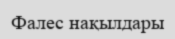
Фалес нақылдары